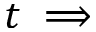
t \implies